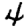
Digit: 4